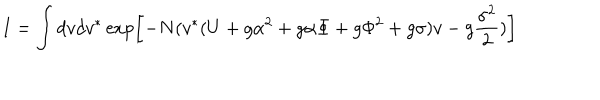
LaTeX: I = \int d v d v ^ { \ast } \exp \left[ - N ( v ^ { \ast } ( U + g \alpha ^ { 2 } + g \alpha \Phi + g \Phi ^ { 2 } + g \sigma ) v - g { \frac { \sigma ^ { 2 } } { 2 } } ) \right]